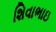
શિવાભાઇ